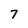
Character: 7